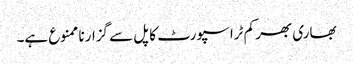
بھاری بھر کم ٹراسپورٹ کا پل سے گزارنا ممنوع ہے۔